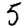
Digit: 5